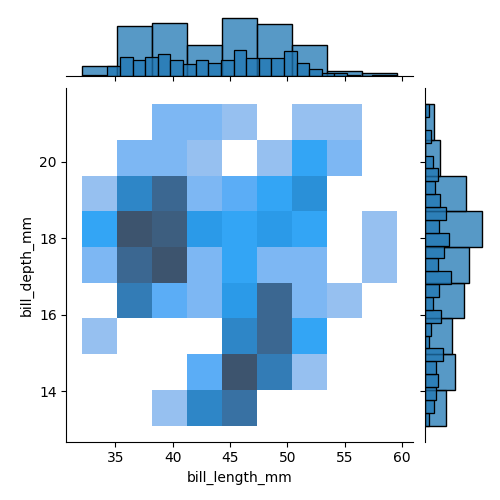
python, seaborn, jointplot, kind='hist', height='5', ratio='5', marginal_ticks='False'